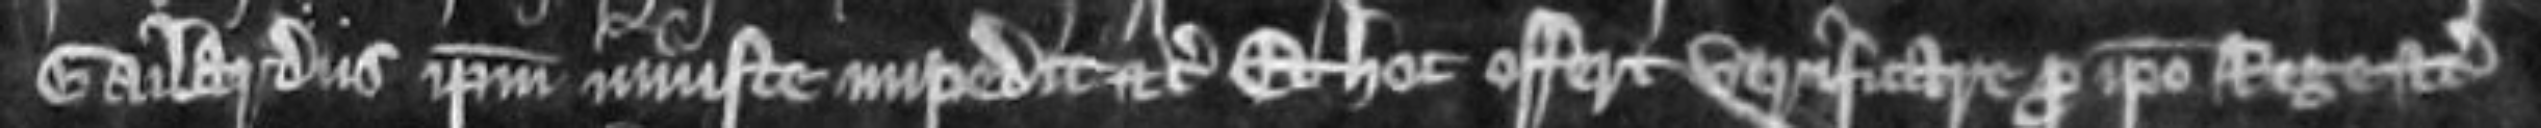
Gailardus ipsum iniuste impedit etc Et hoc offert verificare pro ipso rege etc